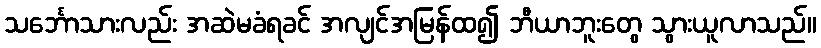
သင်္ဘောသားလည်း အဆဲမခံရခင် အလျင်အမြန်ထ၍ ဘီယာဘူးတွေ သွားယူလာသည်။